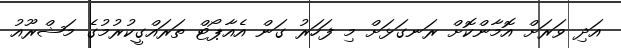
އަދި ވަރަށް އޮމާންކޮށް ރަނގަޅަށް މި ފަހަރު ގަން އެއާޕޯޓް ތަރައްގީކުރުމުގެ މަޝްރޫއު